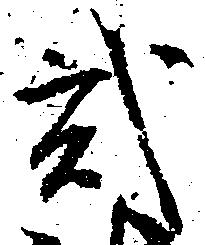
弐